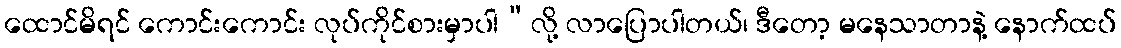
ထောင်မိရင် ကောင်းကောင်း လုပ်ကိုင်စားမှာပါ”လို့ လာပြောပါတယ်၊ ဒီတော့ မနေသာတာနဲ့ နောက်ထပ်